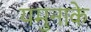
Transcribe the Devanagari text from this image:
यमुनाके